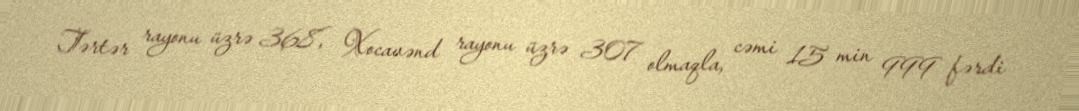
Tərtər rayonu üzrə 368, Xocavənd rayonu üzrə 307 olmaqla, cəmi 15 min 999 fərdi